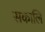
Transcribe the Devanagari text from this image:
सकालि